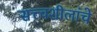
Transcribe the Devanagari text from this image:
सत्त्वशीलांचे